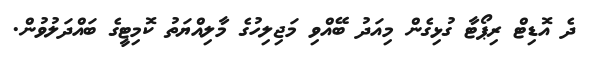
ދެ އޮޑިޓް ރިޕޯޓާ ގުޅިގެން މިއަދު ބޭއްވި މަޖިލިހުގެ މާލިއްޔަތު ކޮމިޓީގެ ބައްދަލުވުން.